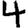
Digit: 4